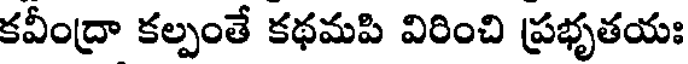
కవీంద్రా కల్పంతే కథమపి విరించి ప్రభృతయః